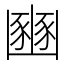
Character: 豳